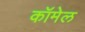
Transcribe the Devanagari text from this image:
कॉमेल